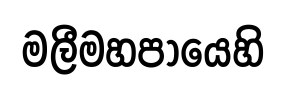
මලීමහපායෙහි